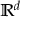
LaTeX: \mathbb { R } ^ { d }